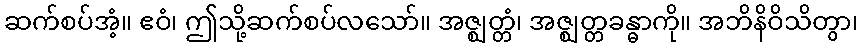
ဆက်စပ်အံ့။ ဧဝံ၊ ဤသို့ဆက်စပ်လသော်။ အဇ္ဈတ္တံ၊ အဇ္ဈတ္တခန္ဓာကို။ အဘိနိဝိသိတွာ၊